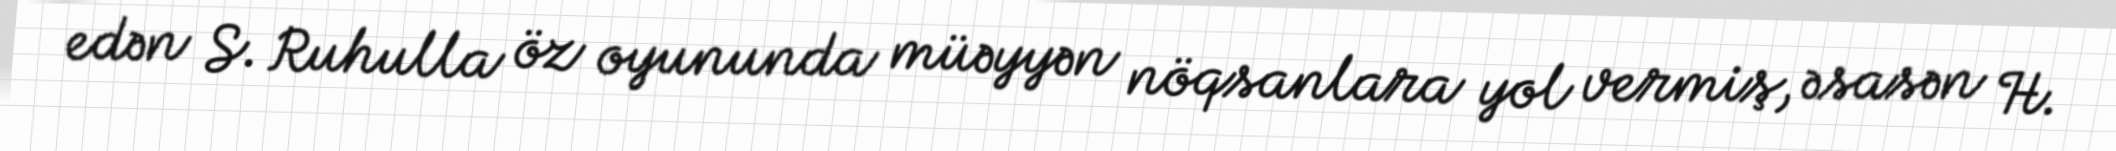
edən S. Ruhulla öz oyununda müəyyən nöqsanlara yol vermiş, əsasən H.